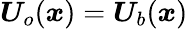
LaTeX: \boldsymbol{U}_{o}(\boldsymbol{x})=\boldsymbol{U}_{b}(\boldsymbol{x})